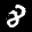
Label: 8